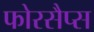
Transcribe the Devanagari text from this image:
फोरसैप्स